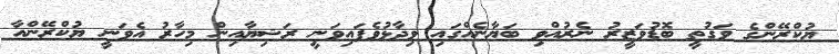
ޔުކްރޭންގެ ވަގުތީ ބޮޑުވަޒީރު ނެރުއްވި ބަޔާނެއްގައި ވިދާޅުވެފައިވަނީ ރަޝިޔާއިން މިހާރު އެވަނީ ޔުކްރޭންއާ